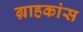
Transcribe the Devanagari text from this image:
ग्राहकांस